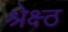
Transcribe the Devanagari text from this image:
श्रेक्ष्ठ